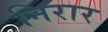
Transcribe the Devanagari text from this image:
निरार